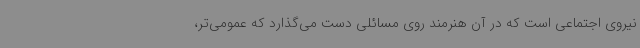
نیروی اجتماعی است که در آن هنرمند روی مسائلی دست می‌گذارد که عمومی‌تر،